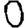
Digit: 0